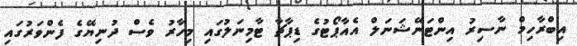
އިބްރާހިމް ނާސިރު އިންޓަނޭޝަނަލް އެއާޕޯޓުގެ ޑިޕާޗާ ޓާމިނަލުގައި މިހާރު ވެސް ދުނިޔޭގެ ފެންވަރުގައި